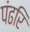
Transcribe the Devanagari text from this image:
पंढरि